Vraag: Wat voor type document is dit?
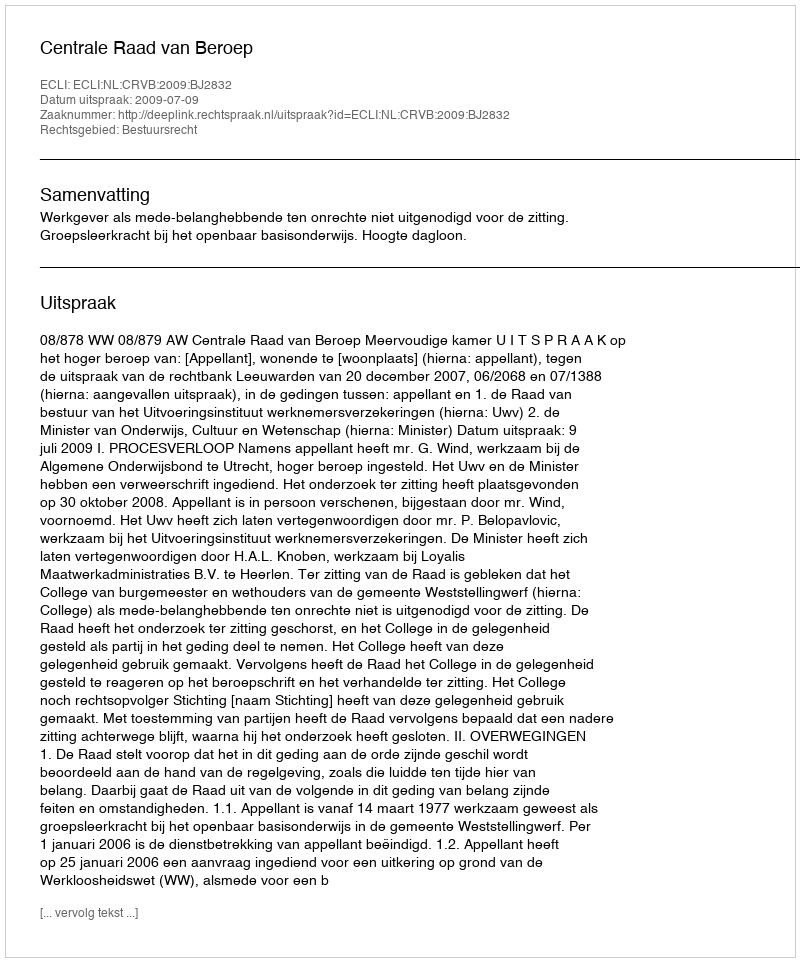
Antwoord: Uitspraak